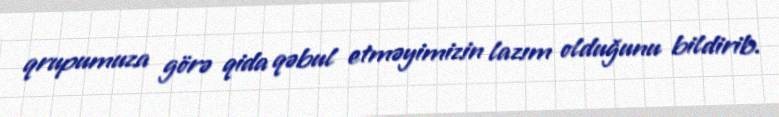
qrupumuza görə qida qəbul etməyimizin lazım olduğunu bildirib.